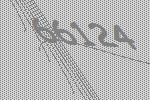
66124